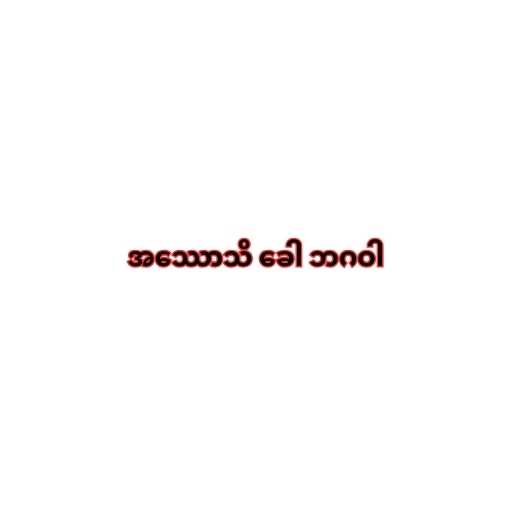
အဿောသိ ခေါ ဘဂဝါ